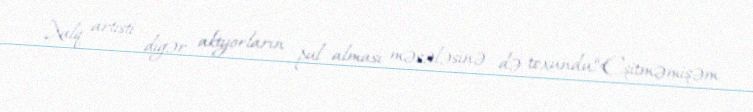
Xalq artisti digər aktyorların pul alması məsələsinə də toxundu:“Eşitməmişəm